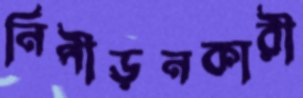
নিপীড়নকারী